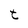
Character: t